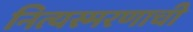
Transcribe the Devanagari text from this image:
नित्यस्मरणाची